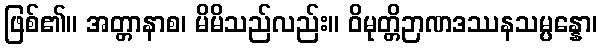
ဖြစ်၏။ အတ္တာနာစ၊ မိမိသည်လည်း။ ဝိမုတ္တိဉာဏဒဿနသမ္ပန္နော၊